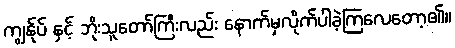
ကျွန်ုပ် နှင့် ဘိုးသူတော်ကြီးလည်း နောက်မှလိုက်ပါခဲ့ကြလေတော့၏။